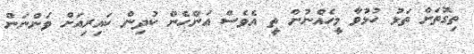
ތިގޮތަށް ތަޅު ހުޅުވާ މީހެއްނުން ތީ އެވެސް އަންހެން ކުދިން ކައިރިއަށް ވަންނަން